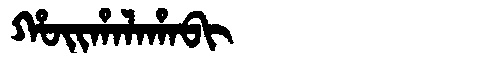
Manchu: ᡥᠣᡳᡥᠠᠯᠠᡥᠠᠪᡳ
Romanization: HOIHALAHABI